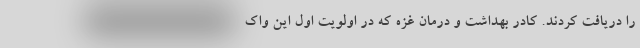
را دریافت کردند. کادر بهداشت و درمان غزه که در اولویت اول این واک